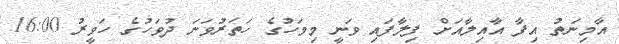
އާމިނަތު އިފާ އާއިލާއަށް ފިލާފައި ވަނީ މިމަހުގެ ހަތަރުވަނަ ދުވަހުގެ ހަވީރު 16:00